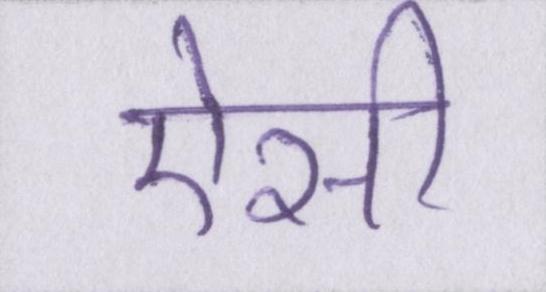
ऐसी